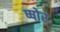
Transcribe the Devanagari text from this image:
ष्षोर